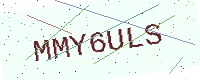
Text: MMY6ULS